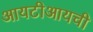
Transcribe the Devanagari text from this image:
आयटीआयची